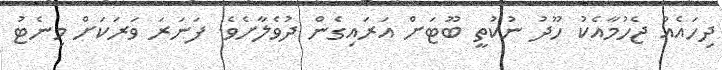
ދިހައެއް ޖެހުމާއެކު ހޫދު ނުކުތީ ބޫޓަށް އަރައިގެން ދުވެލާށެވެ. ފަނަރަ ވަރަކަށް މިނެޓު